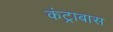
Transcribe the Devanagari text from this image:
कंट्राबास